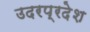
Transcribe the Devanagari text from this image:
उदरप्रदेश